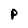
Character: P